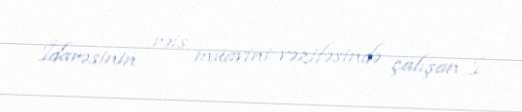
İdarəsinin rəis müavini vəzifəsində çalışan İ.